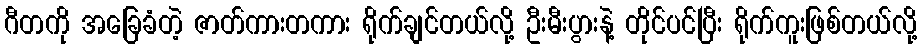
ဂီတကို အခြေခံတဲ့ ဇာတ်ကားတကား ရိုက်ချင်တယ်လို့ ဦးမီးပွားနဲ့ တိုင်ပင်ပြီး ရိုက်ကူးဖြစ်တယ်လို့